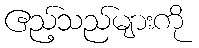
ဧည့်သည်များကို